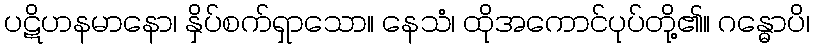
ပဋိဟနမာနော၊ နှိပ်စက်ရှာသော။ နေသံ၊ ထိုအကောင်ပုပ်တို့၏။ ဂန္ဓောပိ၊